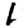
Digit: 1